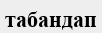
табандап